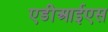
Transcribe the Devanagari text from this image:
एडीआईएस